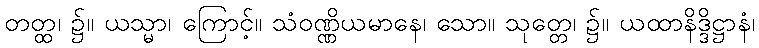
တတ္ထ၊ ၌။ ယသ္မာ၊ ကြောင့်။ သံဝဏ္ဏိယမာနေ၊ သော။ သုတ္တေ၊ ၌။ ယထာနိဒ္ဒိဋ္ဌာနံ၊